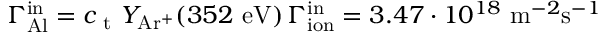
\Gamma _ { \mathrm { A l } } ^ { \mathrm { i n } } = c _ { \mathrm { ~ t ~ } } Y _ { \mathrm { A r ^ { + } } } ( 3 5 2 ~ \mathrm { e V } ) \, \Gamma _ { \mathrm { i o n } } ^ { \mathrm { i n } } = 3 . 4 7 \cdot 1 0 ^ { 1 8 } ~ \mathrm { m } ^ { - 2 } \mathrm { s } ^ { - 1 }